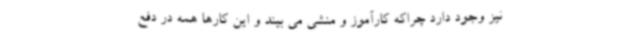
نیز وجود دارد چراکه کارآموز و منشی می بیند و این کارها همه در دفع